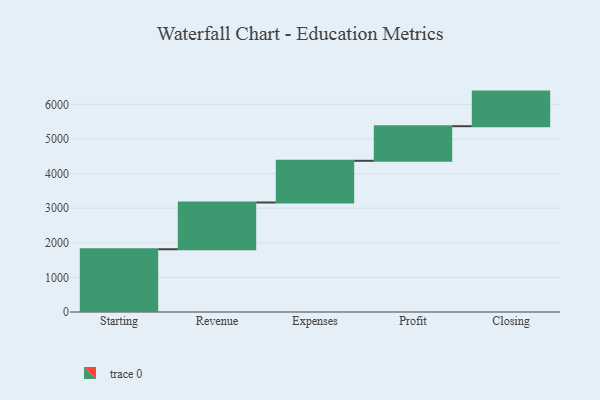
{"axis": {"x": "Step", "y": "Value"}, "legend": [""], "data": [{"x": "Starting", "y": 1814.0, "type": ""}, {"x": "Revenue", "y": 1351.0, "type": ""}, {"x": "Expenses", "y": 1205.0, "type": ""}, {"x": "Profit", "y": 1000, "type": ""}, {"x": "Closing", "y": 1000, "type": ""}]}